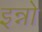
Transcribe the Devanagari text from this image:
इन्नो